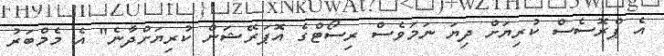
އެ ޕްރޮސެސް ކުރިޔަށް ދިޔަ ނަމަވެސް ރިސޯޓްގެ އޮޕަރޭޝަން ކުރިޔަށްދާނެ" އެ މެމްބަރު